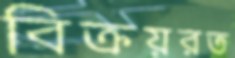
বিক্রয়রত